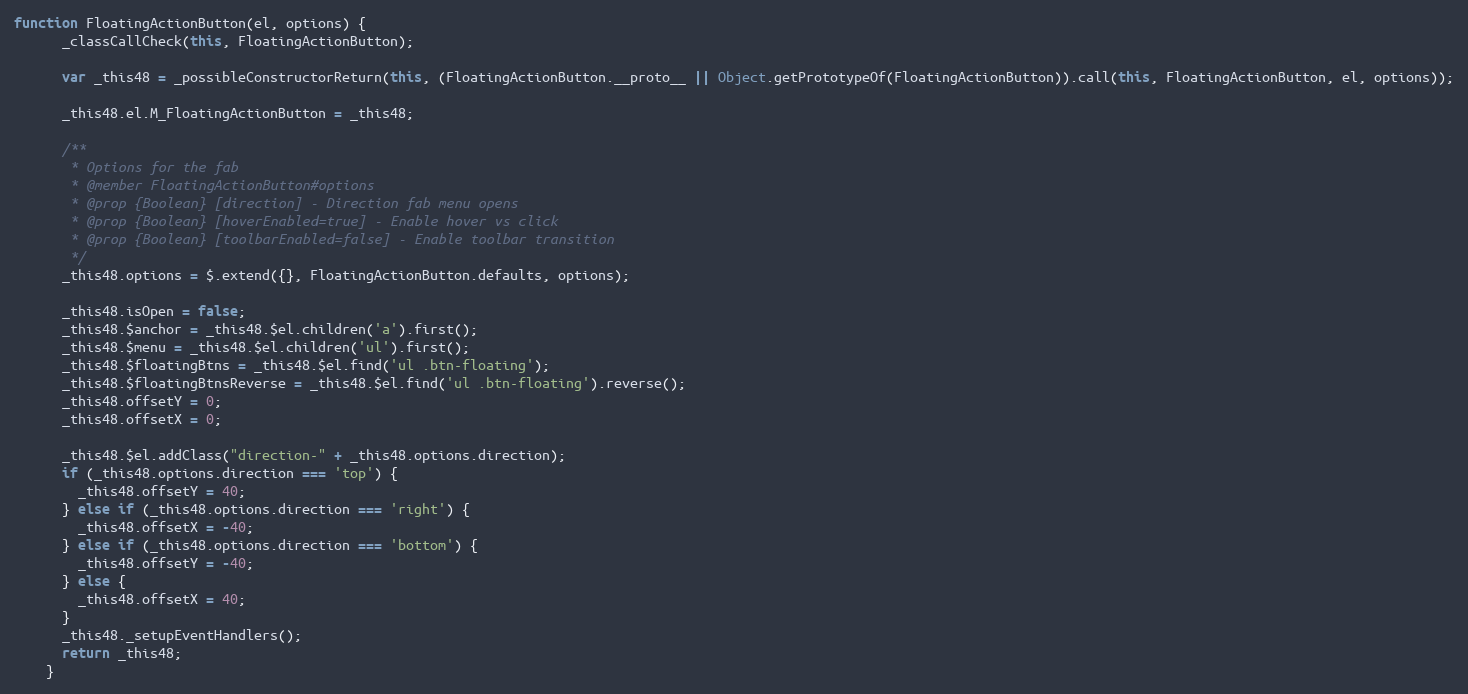
Language: JavaScript
function FloatingActionButton(el, options) {
      _classCallCheck(this, FloatingActionButton);

      var _this48 = _possibleConstructorReturn(this, (FloatingActionButton.__proto__ || Object.getPrototypeOf(FloatingActionButton)).call(this, FloatingActionButton, el, options));

      _this48.el.M_FloatingActionButton = _this48;

      /**
       * Options for the fab
       * @member FloatingActionButton#options
       * @prop {Boolean} [direction] - Direction fab menu opens
       * @prop {Boolean} [hoverEnabled=true] - Enable hover vs click
       * @prop {Boolean} [toolbarEnabled=false] - Enable toolbar transition
       */
      _this48.options = $.extend({}, FloatingActionButton.defaults, options);

      _this48.isOpen = false;
      _this48.$anchor = _this48.$el.children('a').first();
      _this48.$menu = _this48.$el.children('ul').first();
      _this48.$floatingBtns = _this48.$el.find('ul .btn-floating');
      _this48.$floatingBtnsReverse = _this48.$el.find('ul .btn-floating').reverse();
      _this48.offsetY = 0;
      _this48.offsetX = 0;

      _this48.$el.addClass("direction-" + _this48.options.direction);
      if (_this48.options.direction === 'top') {
        _this48.offsetY = 40;
      } else if (_this48.options.direction === 'right') {
        _this48.offsetX = -40;
      } else if (_this48.options.direction === 'bottom') {
        _this48.offsetY = -40;
      } else {
        _this48.offsetX = 40;
      }
      _this48._setupEventHandlers();
      return _this48;
    }